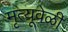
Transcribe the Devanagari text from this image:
मृत्यूवेळी